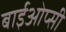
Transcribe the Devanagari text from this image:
बाईओप्सी